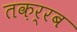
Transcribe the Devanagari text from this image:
तक़र्रब